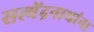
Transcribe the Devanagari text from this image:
सत्येंद्रनाथांना